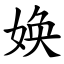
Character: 㛟